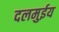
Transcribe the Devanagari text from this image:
दलमुईय